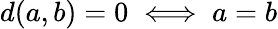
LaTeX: d(a,b)=0\iff a=b